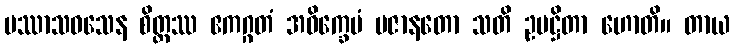
ပဿာသဝသေန စိတ္တဿ ဧကဂ္ဂတံ အဝိက္ခေပံ ပဇာနတော သတိ ဥပဋ္ဌိတာ ဟောတိ။ တာယ